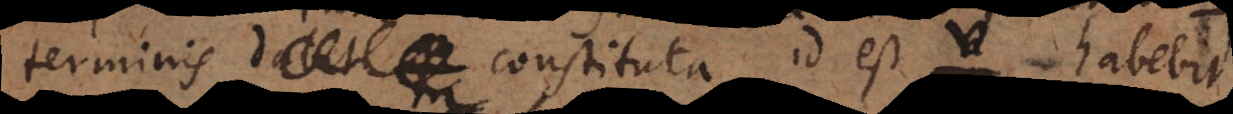
terminis constituta id est habebit